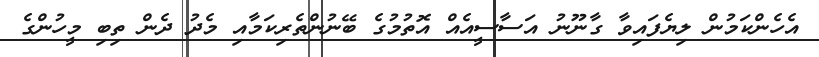
އެހެންކަމުން ލިޔެފައިވާ ގާނޫނު އަސާސީއެއް އޮތުމުގެ ބޭނުންތެރިކަމާއި މެދު ދެން ތިބި މީހުންގެ